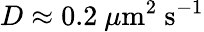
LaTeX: D\approx 0.2~\mu\mathrm{m}^{2}~\mathrm{s}^{-1}